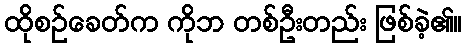
ထိုစဉ်ခေတ်က ကိုဘ တစ်ဦးတည်း ဖြစ်ခဲ့၏။